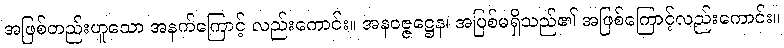
အဖြစ်တည်းဟူသော အနက်ကြောင့် လည်းကောင်း။ အနဝဇ္ဇဋ္ဌေန၊ အပြစ်မရှိသည်၏ အဖြစ်ကြောင့်လည်းကောင်း။